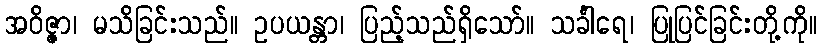
အဝိဇ္ဇာ၊ မသိခြင်းသည်။ ဥပယန္တာ၊ ပြည့်သည်ရှိသော်။ သင်္ခါရေ၊ ပြုပြင်ခြင်းတို့ကို။